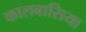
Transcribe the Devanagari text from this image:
कालबासिया